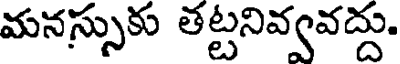
మనస్సుకు తట్టనివ్వవద్దు.